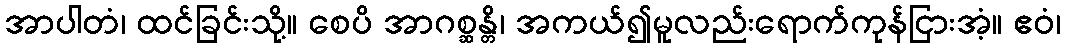
အာပါတံ၊ ထင်ခြင်းသို့။ စေပိ အာဂစ္ဆန္တိ၊ အကယ်၍မူလည်းရောက်ကုန်ငြားအံ့။ ဧဝံ၊